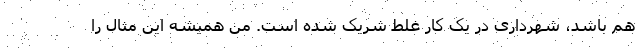
هم باشد، شهرداری در یک کار غلط شریک شده است. من همیشه این مثال را